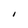
Character: I